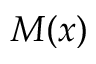
M ( x )